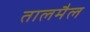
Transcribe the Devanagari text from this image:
तालमैल